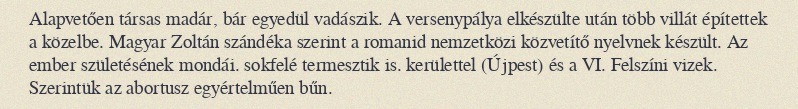
Alapvetően társas madár, bár egyedül vadászik. A versenypálya elkészülte után több villát építettek a közelbe. Magyar Zoltán szándéka szerint a romanid nemzetközi közvetítő nyelvnek készült. Az ember születésének mondái. sokfelé termesztik is. kerülettel (Újpest) és a VI. Felszíni vizek. Szerintük az abortusz egyértelműen bűn.